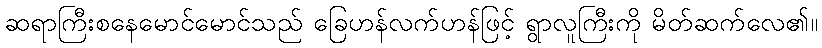
ဆရာကြီးစနေမောင်မောင်သည် ခြေဟန်လက်ဟန်ဖြင့် ရွာလူကြီးကို မိတ်ဆက်လေ၏။